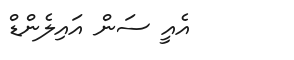
އެއީ ސަން އައިލެންޑް